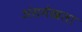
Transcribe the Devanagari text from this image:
अंसमेखला